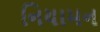
નિયામન